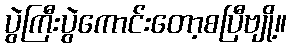
ပွဲကြီးပွဲကောင်းတော့စပြီဗျို့။